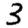
Digit: 3